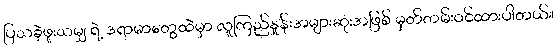
ပြသခဲ့ဖူးသမျှ ရဲ့ ဒရာမာတွေထဲမှာ လူကြည်နှုန်းအများဆုံးအဖြစ် မှတ်တမ်းဝင်ထားပါတယ်။